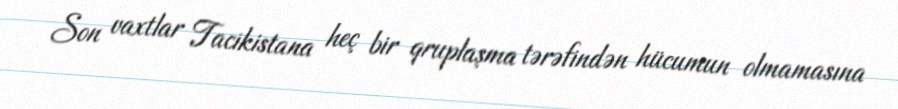
Son vaxtlar Tacikistana heç bir qruplaşma tərəfindən hücumun olmamasına